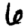
Digit: 6